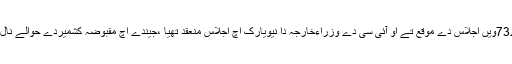
گزریل ڈینھ اقوام متحدہ دی جنرل اسمبلی دے73ویں اجلاس دے موقع تے او آئی سی دے وزراءخارجہ دا نیویارک اچ اجلاس منعقد تھیا ،جیندے اچ مقبوضہ کشمیردے حوالے نال رابطہ گروپ دی رپورٹ دا جائزہ گھدا گیا۔